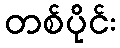
တစ်ပိုင်း